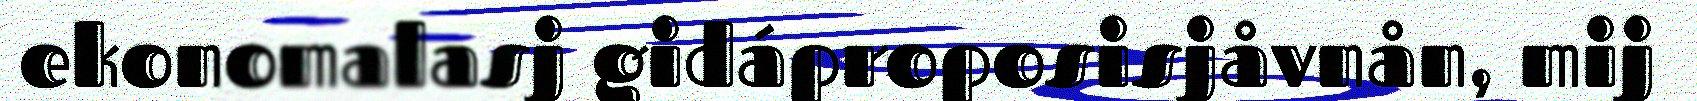
ekonomalasj gidáproposisjåvnån, mij